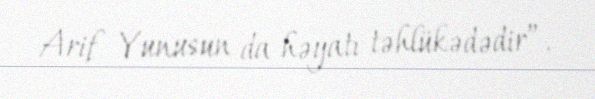
Arif Yunusun da həyatı təhlükədədir”.